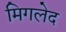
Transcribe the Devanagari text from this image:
मिगलेद